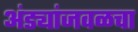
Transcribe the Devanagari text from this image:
अंड्यांजवळचा